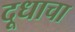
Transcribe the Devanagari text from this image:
दूधाचा